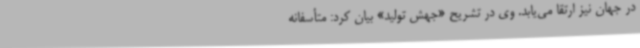
در جهان نیز ارتقا می‌یابد. وی در تشریح «جهش تولید» بیان کرد: متأسفانه